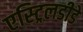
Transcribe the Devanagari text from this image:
एस्ट्रिलडीडे